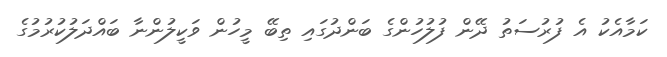
ކަމާއެކު އެ ފުރުސަތު ދޭން ފުލުހުންގެ ބަންދުގައި ތިބޭ މީހުން ވަކީލުންނާ ބައްދަލުކުރުމުގެ